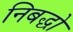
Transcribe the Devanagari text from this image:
निबद्धो